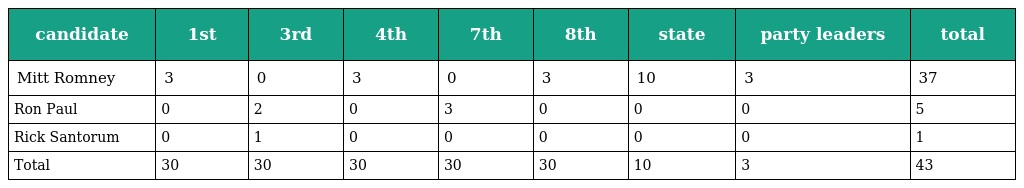
| candidate | 1st | 3rd | 4th | 7th | 8th | state | party leaders | total |
 | --- | --- | --- | --- | --- | --- | --- | --- | --- |
 | Mitt Romney | 3 | 0 | 3 | 0 | 3 | 10 | 3 | 37 |
 | Ron Paul | 0 | 2 | 0 | 3 | 0 | 0 | 0 | 5 |
 | Rick Santorum | 0 | 1 | 0 | 0 | 0 | 0 | 0 | 1 |
 | Total | 30 | 30 | 30 | 30 | 30 | 10 | 3 | 43 |